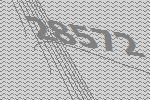
28572